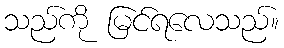
သည်ကို မြင်ရလေသည်။